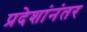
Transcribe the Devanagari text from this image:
प्रदेशांनंतर